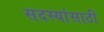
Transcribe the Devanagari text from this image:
सदस्यांसाठी